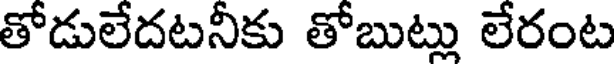
తోడులేదటనీకు తోబుట్లు లేరంట